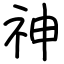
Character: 神